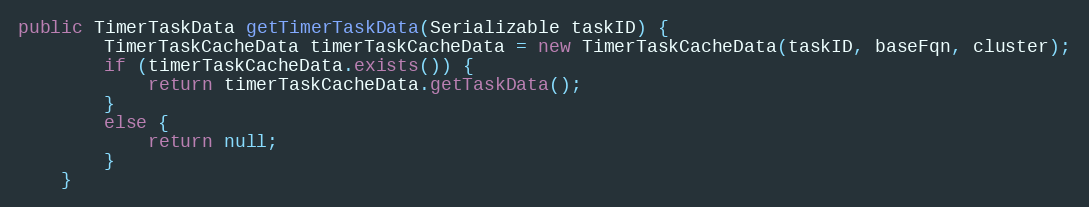
Language: Java
public TimerTaskData getTimerTaskData(Serializable taskID) {
		TimerTaskCacheData timerTaskCacheData = new TimerTaskCacheData(taskID, baseFqn, cluster);
		if (timerTaskCacheData.exists()) {
			return timerTaskCacheData.getTaskData();
		}
		else {
			return null;
		}
	}